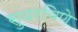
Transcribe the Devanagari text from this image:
सुधरविणे